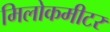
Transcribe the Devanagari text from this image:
मिलोकमीटर